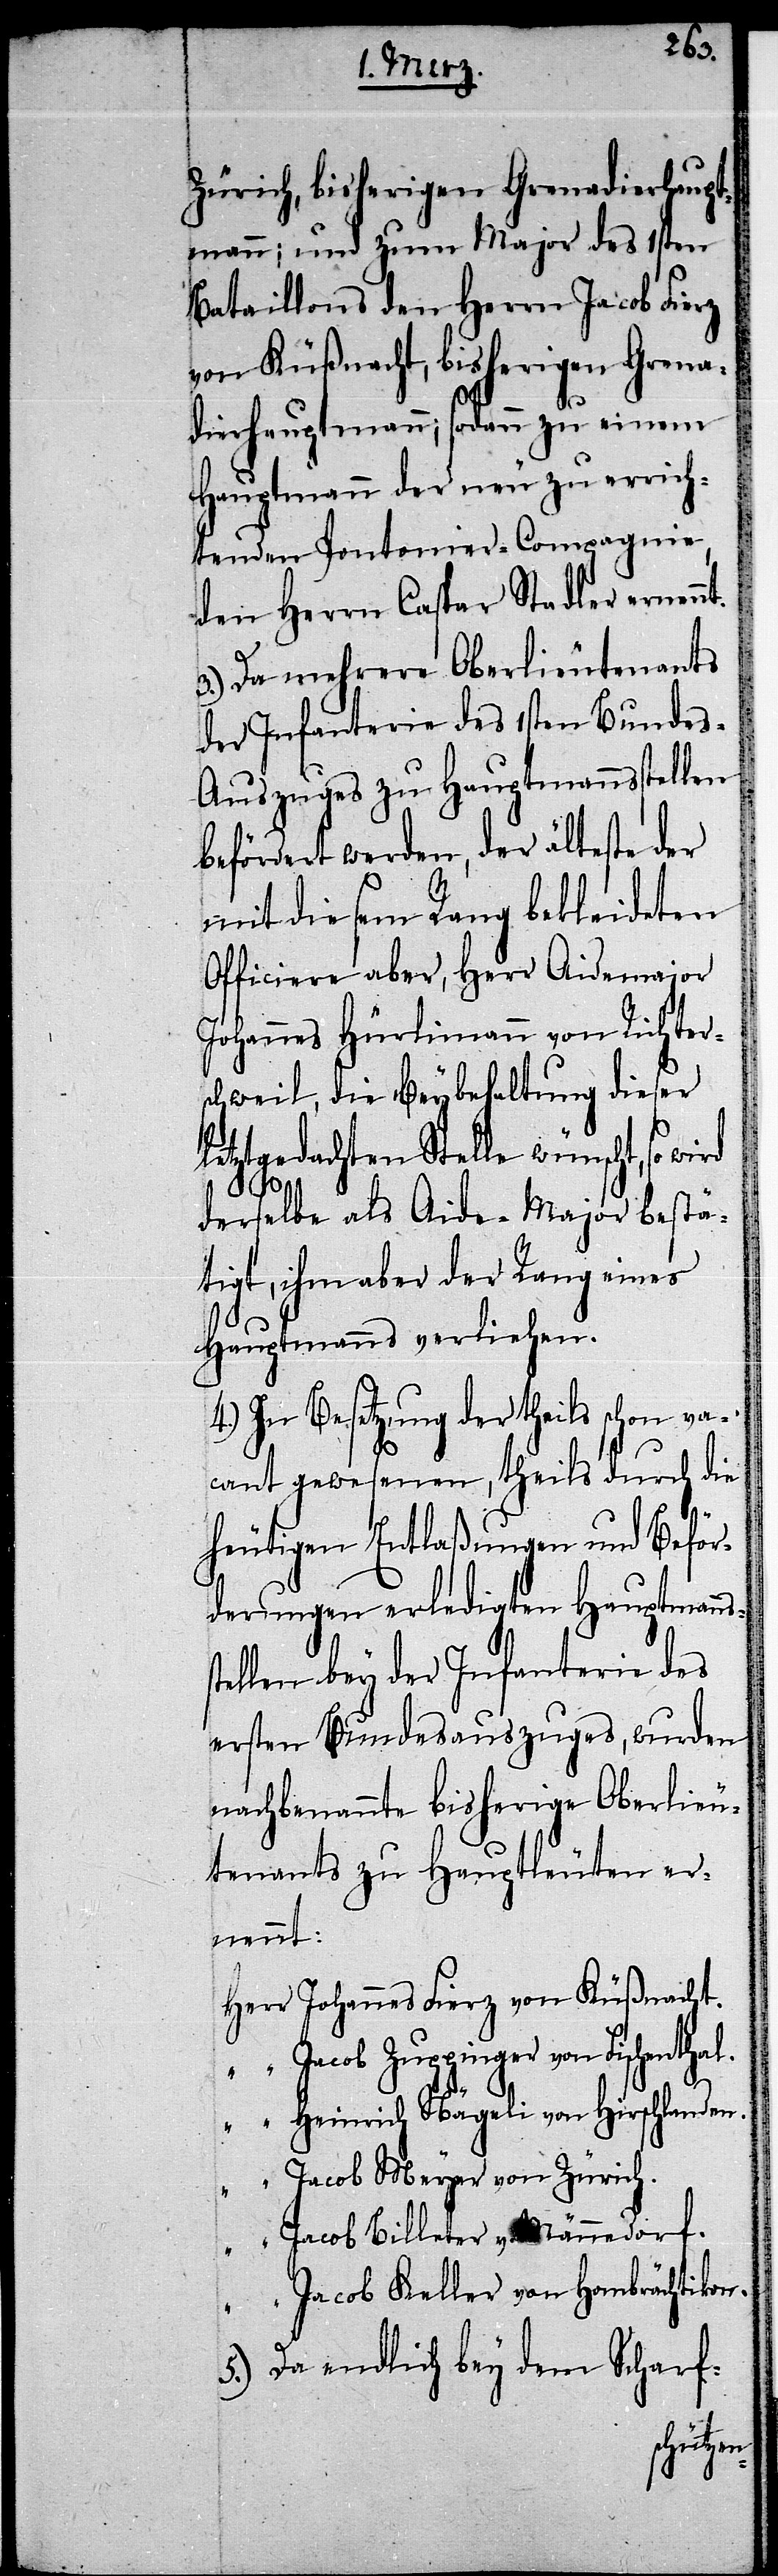
ss¬
Zürich, bisherigen Grenadierhaupt¬
mann; und zum Major des 1sten
Bataillons den Herrn Jacob Fierz
von Küßnacht, bisherigen Grena¬
dierhauptmann; sodann zu einem
Hauptmann der neu zu errich¬
tenden Pontenier-Compagnie,
den Herrn Caspar Stadler ern¬
3.) Da mehrere Oberlieutenants
der Infanterie des 1sten Bunde¬
s-Auszuges zu Hauptmannsstellen
befördert werden, der älteste der
mit diesem Rang bekleideten
Officiere aber, Herr Aidemajor
Johannes Hürlimann von Richter¬
schweil, die Beybehaltung dieser
letztgedachten Stelle wünscht, so
derselbe als Aide-Major bestä¬
tigt, ihm aber der Rang eines
Hauptmanns verliehen.
4.) In Besetzung der theils schon va¬
cant gewesenen, theils durch die
heutigen Entlaßungen und Beför¬
derungen erledigten Hauptmann¬
tellen bey der Infanterie des
ersten Bundesauszuges, wurden
nachbenannte bisherige Oberlieu¬
tenants zu Hauptleuten er¬
nennt:
Herr Johannes Fierz von Küßnacht.
„ Jacob Zuppinger von Fischenthal.
„ Heinrich Nägeli von Hirschlanden.
„ Jacob Meyer von Zürich.
„ Jacob Billeter v. Männedorf.
„ Jacob Keller von Hombrächtikon.
5.) Da endlich bey dem Scharf-